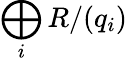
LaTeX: \bigoplus_{i}R/(q_{i})